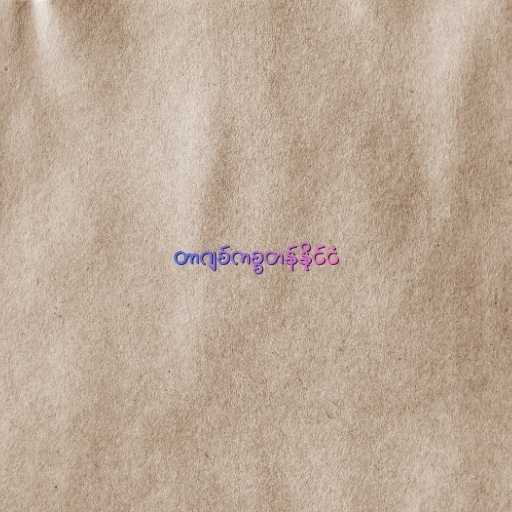
တာဂျစ်ကစ္စတန်နိုင်ငံ